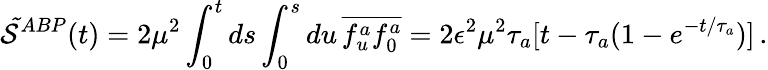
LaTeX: {\cal\tilde{S}}^{ABP}(t)=2\mu^{2}\int_{0}^{t}ds\int_{0}^{s}du\, \overline{{f_{u}^{a}f_{0}^{a}}}=2\epsilon^{2}\mu^{2}\tau_{a}[t-\tau_{a}(1-e^{-t/\tau_{a}})]\, .